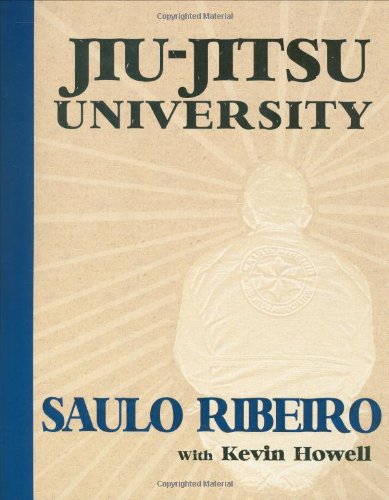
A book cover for Jiu-Jitsu University; Saulo Ribeiro; Health, Fitness & Dieting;